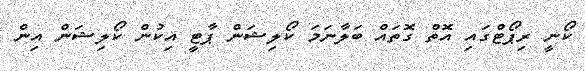
ކޯނީ ރިޕޯޓްގައި އޮތް ގޮތައް ބަލާނަމަ ކޯލިޝަން ޕާޓީ އިކުން ކޯލިޝަން އިން